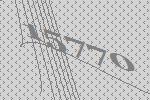
15770